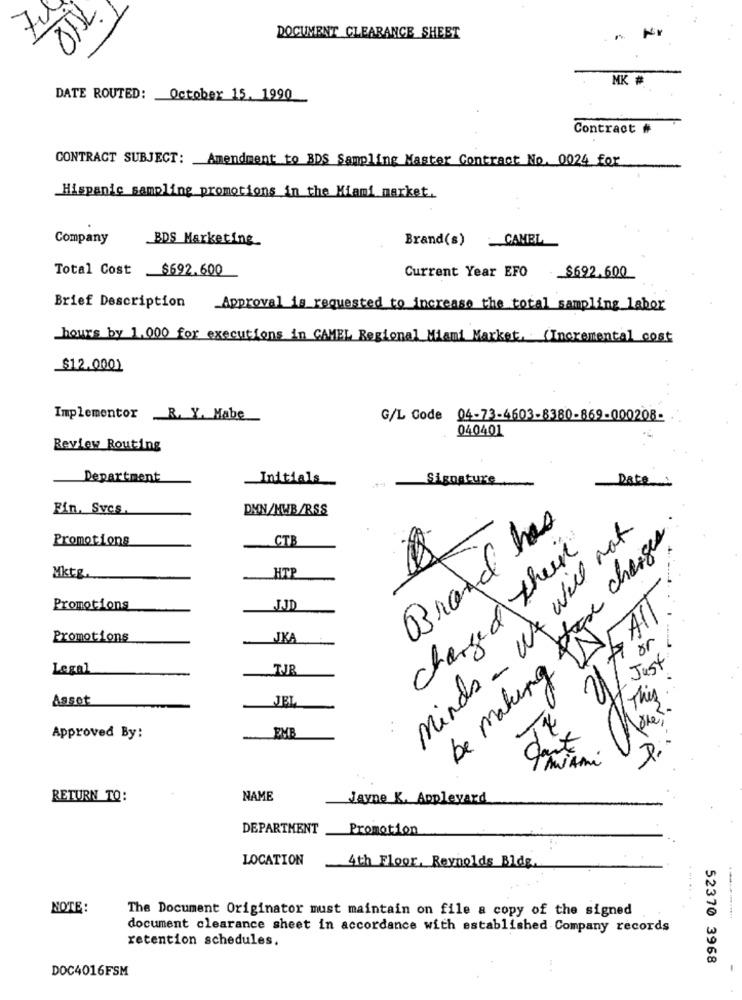
DOCUMENT CLEARANCE SHEET
MK #
DATE ROUTED: October 15, 1990
Contract #
CONTRACT SUBJECT: Amendment to BDS Sampling Master Contract No. 0024 for
Hispanic sampling promotions in the Miami market.
Company
BDS Marketing
Brand(s) CAMEL
Total Cost
$692.600
Current Year EFO
$692.600
Brief Description Approval is requested to increase the total sampling labor
hours by 1.000 for executions in CAMEL Regional Miami Market. (Incremental cost
_$12.0001
Implementor R. Y. Mabe
G/L Code 04-73-4603-8380-869-000208-
040401
Review Routing
Department
Initials
Signature
Date
Fin, Svcs
DYN/MWB/RSS
Brand has
Minds . We will make
Promotions
CTB
be malung those changes
changed their
HT
Mktg.
Promotions
LJJD
118
Promotions
JKA
or
Just
Legal
TJR
Asset
JEL
This
er.
14
Approved By:
EMB
1 MiAmi
RETURN TO:
NAME
Jayne K. Appleyard
DEPARTMENT
Promotion
LOCATION
4th Floor. Reynolds Bldg.
NOTE:
The Document Originator must maintain on file a copy of the signed
document clearance sheet in accordance with established Company records
retention schedules.
52370 3968
DOC4016FSM